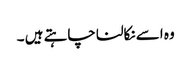
وہ اسے نکالنا چاہتے ہیں ۔